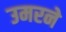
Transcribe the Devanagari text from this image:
उमरने